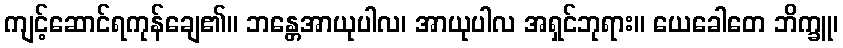
ကျင့်ဆောင်ရကုန်ချေ၏။ ဘန္တေအာယုပါလ၊ အာယုပါလ အရှင်ဘုရား။ ယေခေါတေ ဘိက္ခူ၊